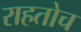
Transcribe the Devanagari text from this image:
राहतोच